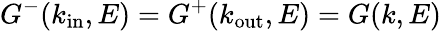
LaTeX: G^{-}(k_{\textrm{in}},E)=G^{+}(k_{\textrm{out}},E)=G(k,E)